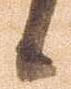
候